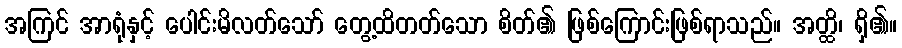
အကြင် အာရုံနှင့် ပေါင်းမိလတ်သော် တွေ့ထိတတ်သော စိတ်၏ ဖြစ်ကြောင်းဖြစ်ရာသည်။ အတ္ထိ၊ ရှိ၏။